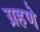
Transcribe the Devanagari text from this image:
ग्रहणे